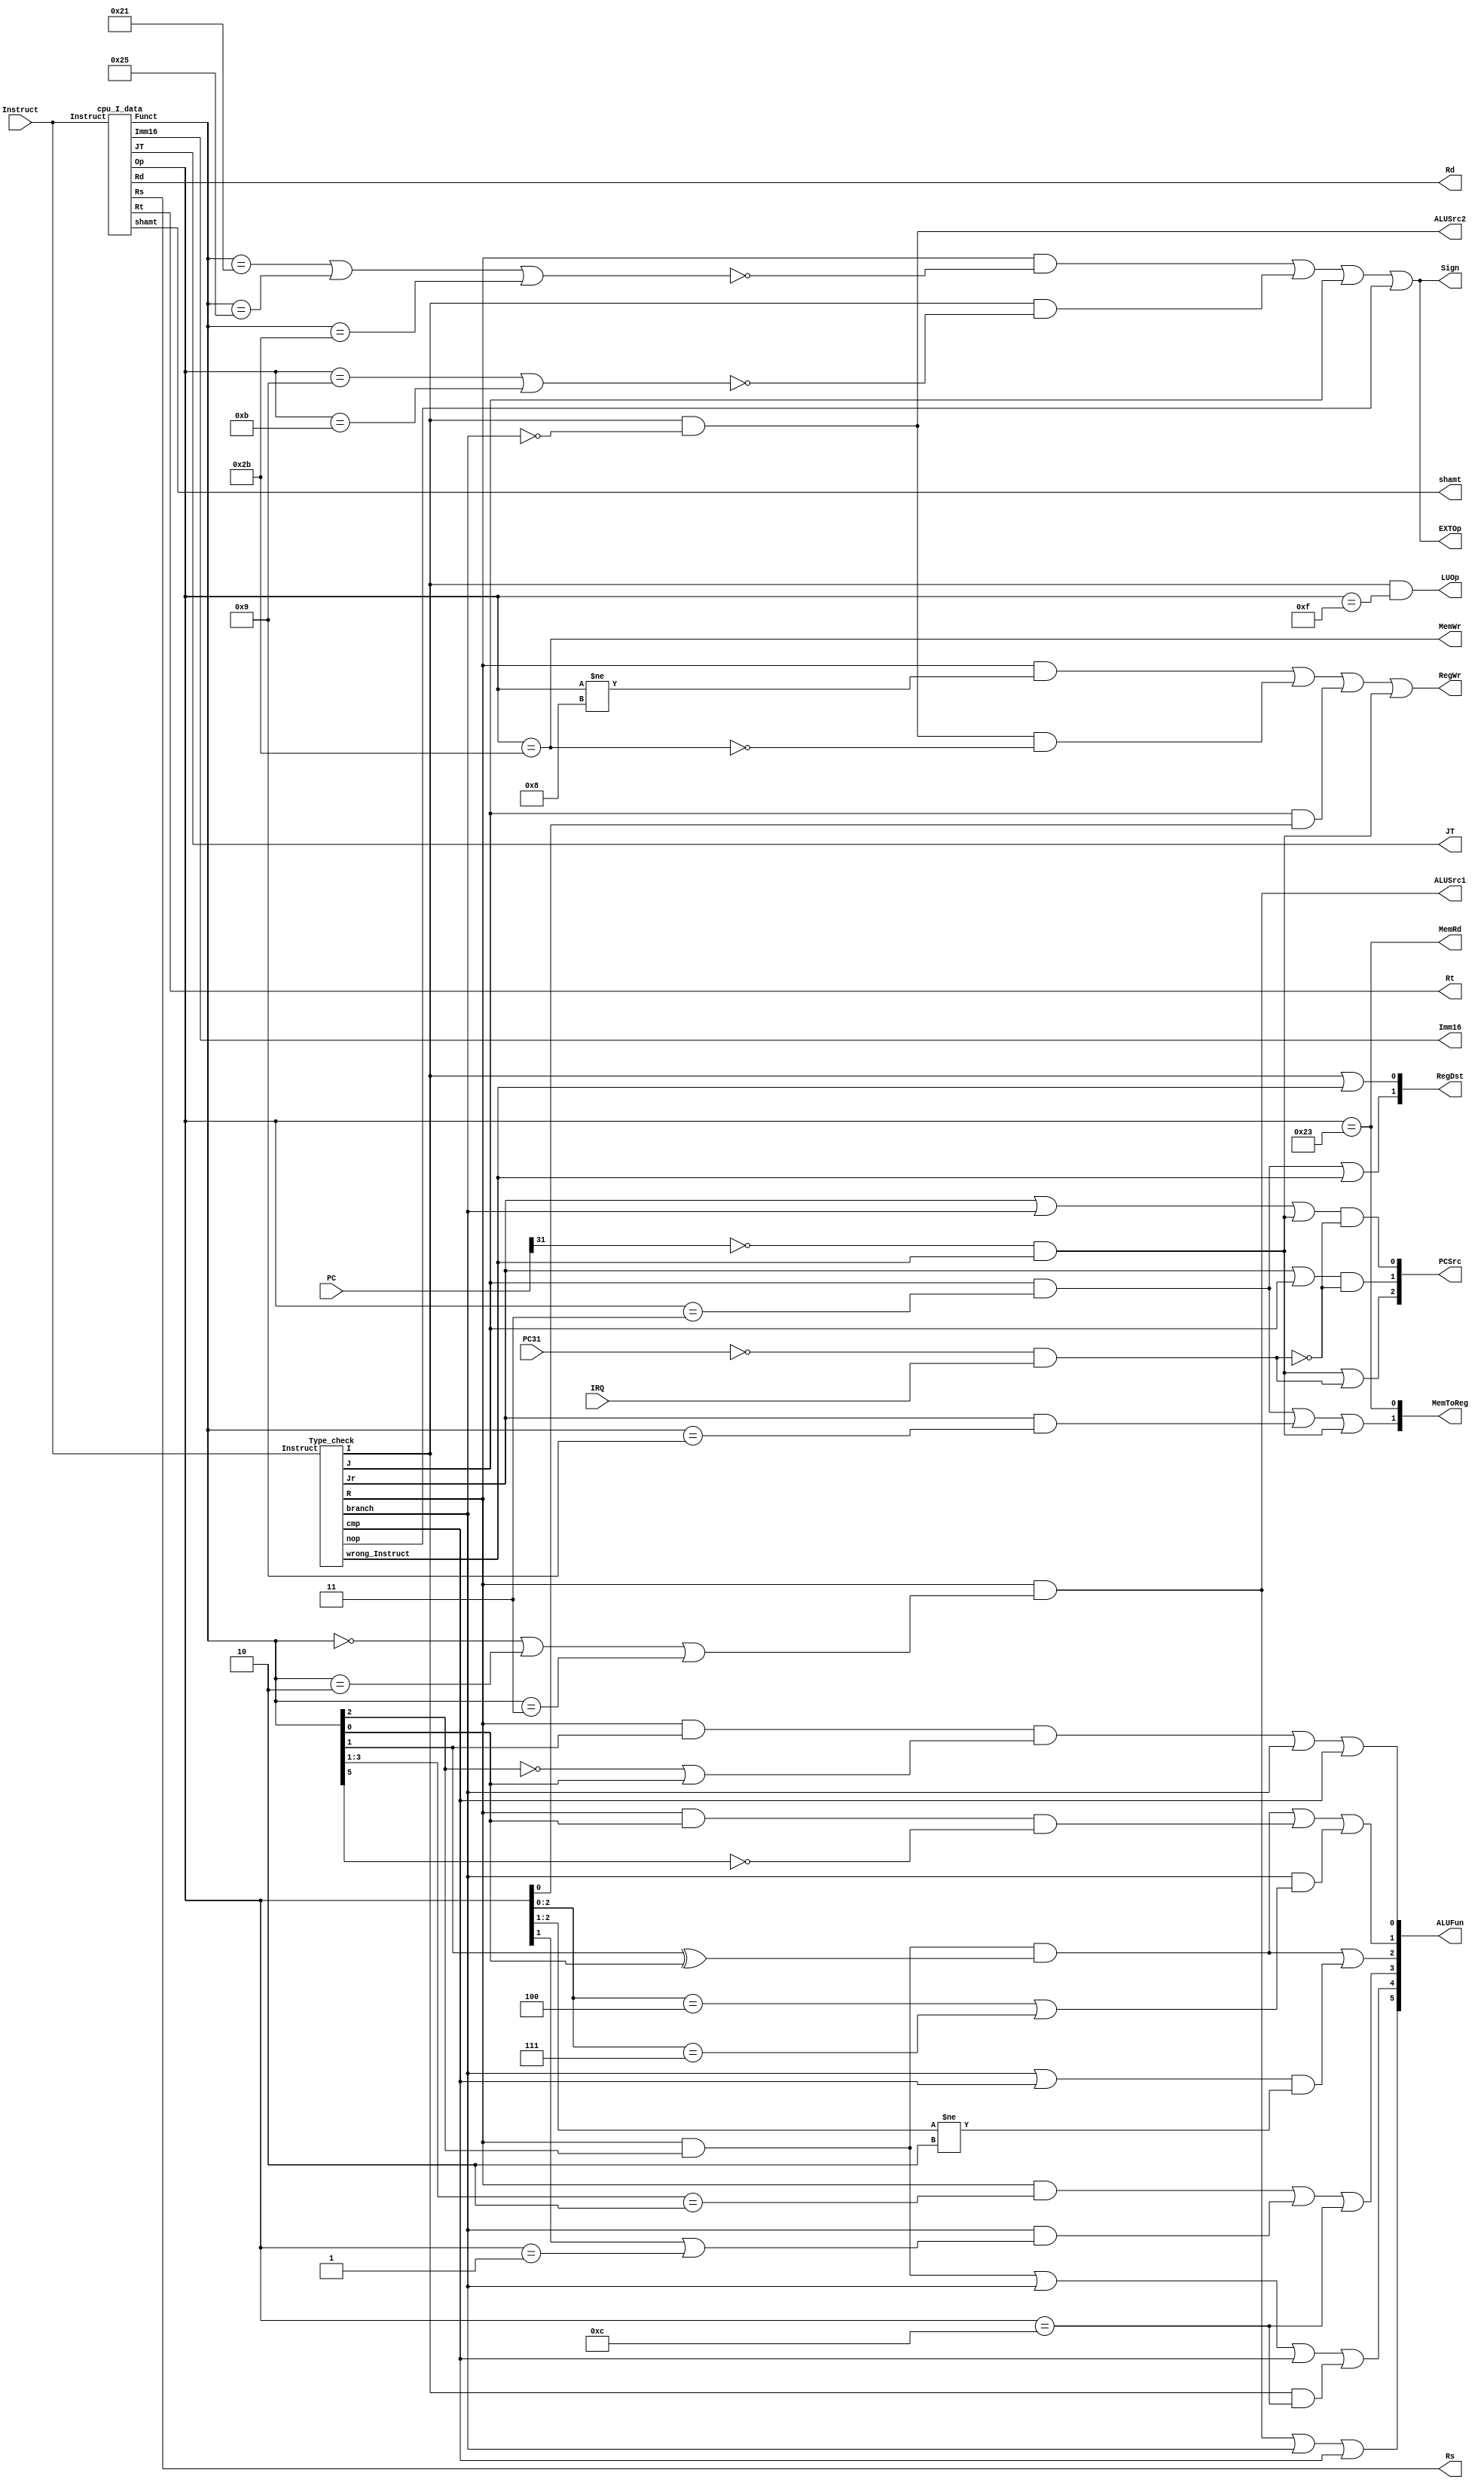
module cpu_Ctrl(PC31,Instruct,PC,IRQ,JT,Imm16,shamt,Rd,Rt,Rs,ALUFun,PCSrc,RegDst,MemToReg,
                RegWr,ALUSrc1,ALUSrc2,Sign,MemWr,MemRd,EXTOp,LUOp);               
  input[31:0] Instruct;
  input [31:0]PC;
  input IRQ,PC31;
  output[2:0] PCSrc;
  output[1:0] RegDst, MemToReg;
  output[5:0] ALUFun;
  output RegWr,ALUSrc1,ALUSrc2,Sign,MemWr,MemRd,EXTOp,LUOp;
  output[4:0]  Rs, Rt, Rd,shamt;
  output[15:0] Imm16;
  output[25:0] JT;
  wire R,I,J,nop,branch,cmp,wrong_Instruct,ILLOP,XADR;
  wire[5:0] Op, Funct;
  cpu_I_data T(Instruct,Rs,Rt,Rd,JT,Imm16,shamt,Op,Funct);
	Type_check Check(Instruct,R,I,J,Jr,nop,branch,cmp,wrong_Instruct);// instruct type
  assign ILLOP=~PC31&IRQ;
  assign XADR=~PC[31]&wrong_Instruct;//PC[31]=0,wrong enable
  //insruct control
  // PCSrc:000->PC+4 001->branch 010->J 011->Jr 100->ILLOP 101->XADR
  assign PCSrc[0]=(Jr|branch|XADR)&~ILLOP;
  assign PCSrc[1]=(Jr|J)&~ILLOP;
  assign PCSrc[2]=XADR|ILLOP;
  //RegDst:00->R; 01->I; 10:Jal/Jalr; 11->XADR;
  assign RegDst[0]=I|wrong_Instruct;
  assign RegDst[1]=(J&(Op==6'b000011))|wrong_Instruct;
  //RegWr:R/jr&I/branch/sw&Jal
  assign RegWr=(R&(Op!=6'b001000))|(I&~branch&~MemWr)|(J&Op[0])|XADR;
  //ALUSrc1: sll,srl,sra
  assign ALUSrc1=R&(Funct==6'b000000|Funct==6'b000010|Funct==6'b000011);
  //AlUSrc2:I/branch
  assign ALUSrc2=I&~branch;  
  //ALUfun[5:4]: 00->adder; 01->logic; 10->shift; 11->compare;
  assign ALUFun[5]= ALUSrc1|branch|cmp; //shift,branch,cmp               
  assign ALUFun[4]=(R&Funct[2])|branch|cmp|(I&Op==6'b001100); //logic,compare,andi
  assign ALUFun[3]=(R&(Funct[3:1]==3'b010))|(branch&(Op[1]|Op==6'b000001))|(Op==6'b001100); //and,or,bgtz,blez,bltz,andi
  assign ALUFun[2]=(R&Funct[2]&(Funct[1]^Funct[0]))|((branch|cmp)&(Op[2:1]!=2'b10));//or,xor,bgtz,blez,bltz,slt,slti,sltiu
  assign ALUFun[1]=(R&Funct[2]&(Funct[1]^Funct[0]))|(R&Funct[0]&~Funct[5])|(branch&((Op[2:0]==3'b100)|(Op[2:0]==3'b111))); //or,xor,sra,jalr,beq,bgtz
  assign ALUFun[0]=(R&Funct[1]&(~Funct[2]|Funct[0]))|branch|cmp; //sub,subi,nor,srl,sra,slt,
                                                                           //beq,bne,blez,bgtz,bltz,slt,slti,sltiu                               
  assign Sign=((R&~(Funct==6'b100001|Funct==6'b100101|Funct==6'b101011))|(I&~(Op==6'b001001|Op==6'b001011))|J|nop); //addu,subu,sltu,addiu,sltiu
  assign MemRd=(Op==6'b100011); //lw
  assign MemWr=(Op==6'b101011);  //sw
  //MemToReg: 00->ALU; 01->Load; 10: jal,jalr,XADR;
  assign MemToReg[0]=MemRd;  
  assign MemToReg[1]=((J&Op==6'b000011)|(Jr&Funct==6'b001001)|XADR); 
  assign EXTOp=Sign;
  assign LUOp=(I&(Op==6'b001111)); //lui
endmodule

module Type_check(Instruct,R,I,J,Jr,nop,branch,cmp,wrong_Instruct);//??????
  input [31:0]Instruct;
  output R,I,J,nop,Jr,branch,cmp,wrong_Instruct;
  wire[5:0] Op, Funct;
  wire[4:0]  Rs, Rt, Rd,shamt;
  wire[15:0] Imm16;
  wire[25:0] JT;
  cpu_I_data T(Instruct,Rs,Rt,Rd,JT,Imm16,shamt,Op,Funct);
  
  assign nop=(Instruct==32'b0);
  assign R=(~nop)&(Op==6'b0)&(
         (shamt==5'b0&(Funct[5:3]==3'b100|Funct[5:1]==5'b10101))//add,addu,sub,subu,and,or,xor,nor,slt,sltu
         |(Funct==6'b000000|Funct==6'b000010|Funct==6'b000011)//sll,srl,sra 
         |(Rt==5'b0&Rd==5'b0&shamt==5'b0&Funct==6'b001000)//jr
         |(Rt==5'b0&shamt==5'b0&Funct==6'b001001));//jalr
         
  assign I=((Rs==5'b0&&Op==6'b001111) //lui
            |(Op==6'b001000|Op==6'b001001|Op==6'b001010|Op==6'b001011|Op==6'b001100)//addi,addiu,andi,slti,sltiu
            |(Op==6'b100011|Op==6'b101011) //lw,sw
            |(Op==6'b000100|Op==6'b000101)//beq,bne
            |((Rt==5'b0)&(Op==6'b000111|Op==6'b000110|Op==6'b000001)));//bgtz,blez,bltz
            
  assign J=(Op[5:1]==5'b00001);////j,jal
  
  assign branch=(Op==6'b000100|Op==6'b000101)|//beq,bne
         ((Rt==5'b0)&(Op==6'b000111|Op==6'b000110|Op==6'b000001));//bgtz,blez,bltz
         
  assign Jr=((Op==6'b000000&Rt==5'b0&Rd==5'b0&shamt==5'b0&Funct==6'b001000)//jr
         |(Op==6'b000000&Rt==5'b0&shamt==5'b0&Funct==6'b001001));//jalr
         
  assign wrong_Instruct =~(R |I |J |nop);
  
  assign cmp=(R&Funct[5:1]==5'b10101)|(I&Op[5:1]==5'b00101);  //slt,slti,sltiu,sltu
endmodule

module cpu_I_data(Instruct,Rs,Rt,Rd,JT,Imm16,shamt,Op,Funct);
  input[31:0] Instruct;
  output[4:0]  Rs, Rt, Rd,shamt;
  output[15:0] Imm16;
  output[25:0] JT;
  output[5:0] Op,Funct;
  assign Rs=Instruct[25:21];    //R_Type,I_Type
  assign Rt=Instruct[20:16];    //R_Type,I_Type
  assign Rd=Instruct[15:11];    //R_Type
  assign shamt=Instruct[10:6];  //R_Type
  assign Funct=Instruct[5:0];   //R_Type
  assign Imm16=Instruct[15:0];  //I_type
  assign JT=Instruct[25:0];     //J_Type
  assign Op=Instruct[31:26];    //R_Type,I_Type,J_Type
  assign Funct=Instruct[5:0];   //R_Type
endmodule